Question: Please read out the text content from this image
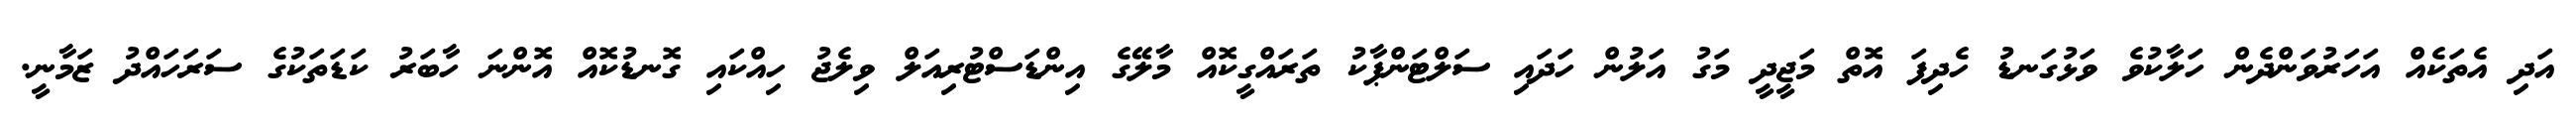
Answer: އަދި އެތަކެއް އަހަރުވަންދެން ހަލާކުވެ ވަޅުގަނޑު ހެދިފަ އޮތް މަޖީދީ މަގު އަލުން ހަދައި ސަލްޓަންޕާކު ތަރައްގީކޮއް މާލޭގެ އިންޑަސްޓުރިއަލް ވިލެޖު ހިއްކައި ގޮނޑުކޮއް އޮންނަ ހާބަރު ކަޑަތަކުގެ ސަރަހައްދު ޒަމާނީ.